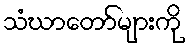
သံဃာတော်များကို